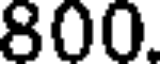
800.